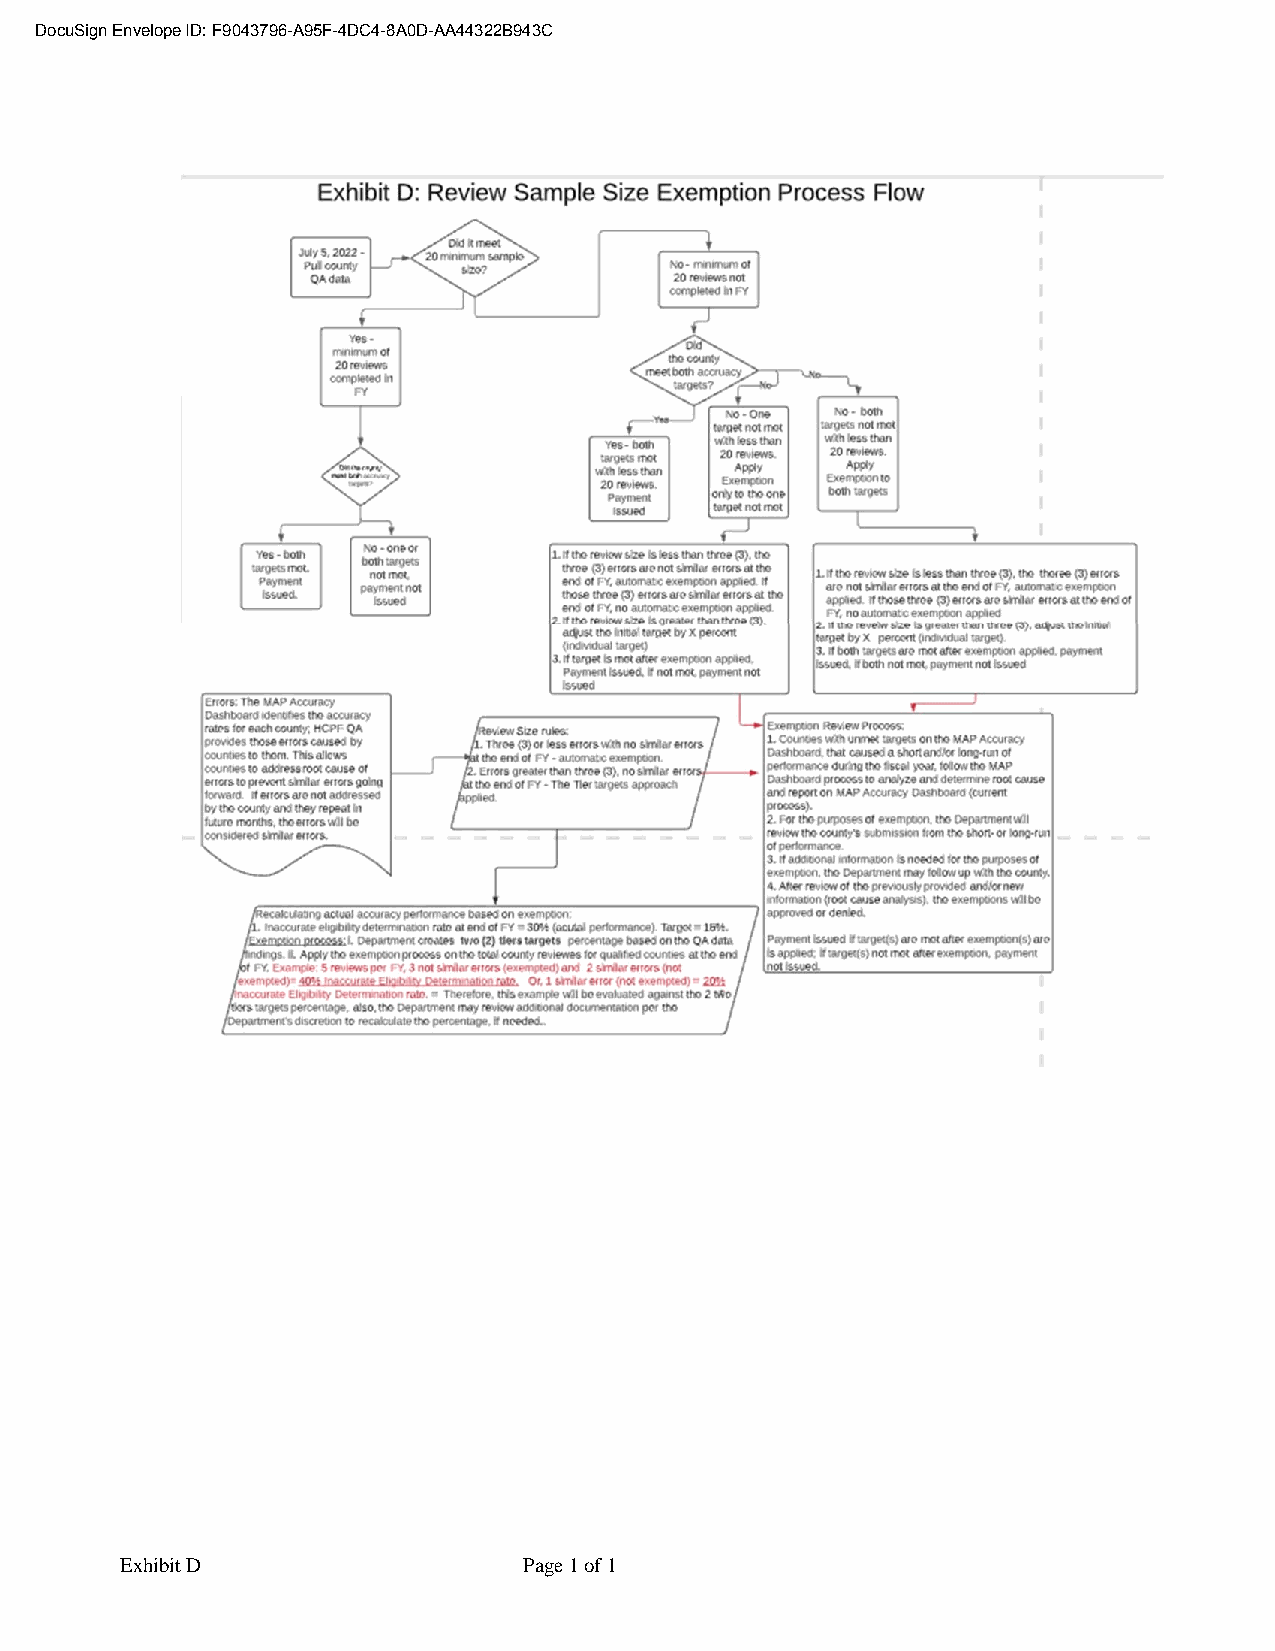
DocuSign Envelope ID: F9043796-A95F-4DC4-8A0D-AA44322B943C
 Exhibit D                  Page 1 of 1